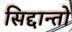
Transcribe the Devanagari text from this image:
सिद्दान्तो